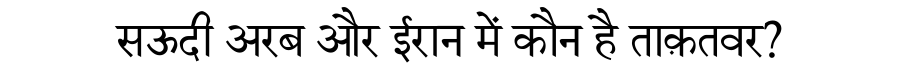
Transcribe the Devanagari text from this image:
सऊदी अरब और ईरान में कौन है ताक़तवर?